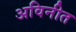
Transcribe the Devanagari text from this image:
अविनीत